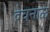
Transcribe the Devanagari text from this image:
देवनाळ